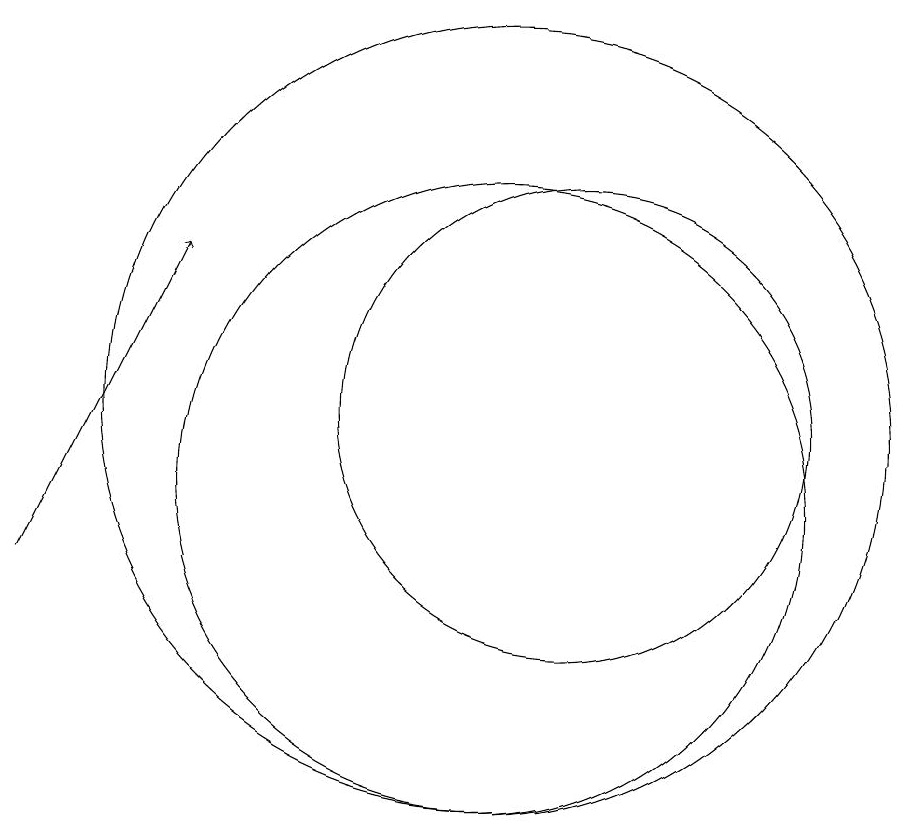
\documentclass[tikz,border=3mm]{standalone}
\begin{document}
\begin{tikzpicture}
\draw (11,12) circle (3);
\draw (10,12) circle (5);
\draw[->] (4,10) -- (6,14);
\draw (10,11) circle (4);
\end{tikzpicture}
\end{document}